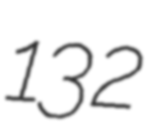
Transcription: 132